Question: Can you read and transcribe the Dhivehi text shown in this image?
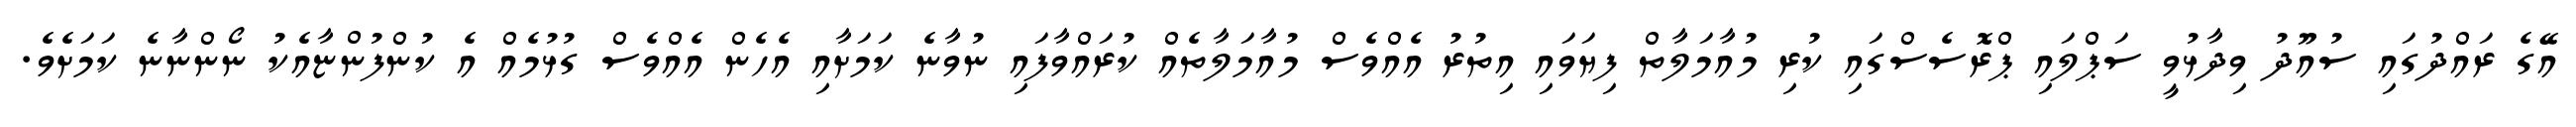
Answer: އޭގެ ރައްދުގައި ސުއޫދު ވިދާޅުވީ ސަޕްލައި ޕްރޮސެސްގައި ކުރި މުއާމަލާތް ފިޔަވައި އިތުރު އެއްވެސް މުއާމަލާތެއް ކުރައްވާފައި ނުވާނެ ކަމަށާއި އެހެން އެއްވެސް ގުޅުމެއް އެ ކުންފުންޏާއެކު ނޯންނާނެ ކަމަށެވެ.